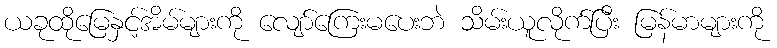
ယခုထိုမြေနှင့်အိမ်များကို လျော်ကြေးမပေးဘဲ သိမ်းယူလိုက်ပြီး မြန်မာများကို